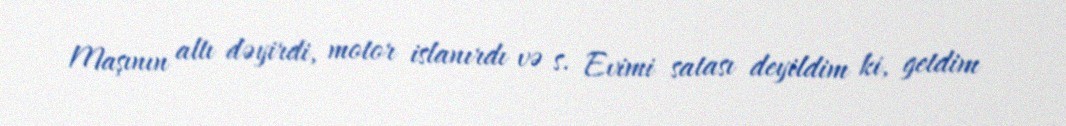
Maşının altı dəyirdi, motor islanırdı və s. Evimi satası deyildim ki, getdim